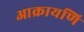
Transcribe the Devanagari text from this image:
आक्रायणि